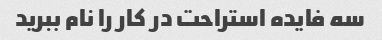
سه فایده استراحت در کار را نام ببرید